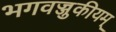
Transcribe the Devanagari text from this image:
भगवज्जुकीयम्‌